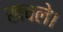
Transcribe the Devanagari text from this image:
खचले।